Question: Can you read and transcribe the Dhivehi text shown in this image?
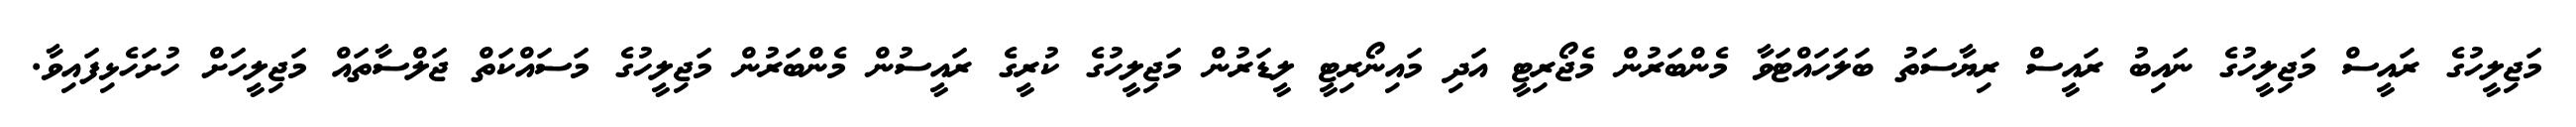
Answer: މަޖިލީހުގެ ރައީސް މަޖިލީހުގެ ނައިބު ރައީސް ރިޔާސަތު ބަލަހައްޓަވާ މެންބަރުން މެޖޯރިޓީ އަދި މައިނޯރިޓީ ލީޑަރުން މަޖިލީހުގެ ކުރީގެ ރައީސުން މެންބަރުން މަޖިލީހުގެ މަސައްކަތް ޖަލްސާތައް މަޖިލީހަށް ހުށަހެޅިފައިވާ.